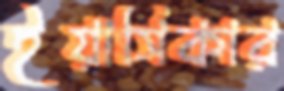
ইয়াসিকার